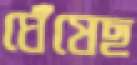
ঘেঁষেছ